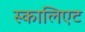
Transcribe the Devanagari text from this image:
स्कालिएट